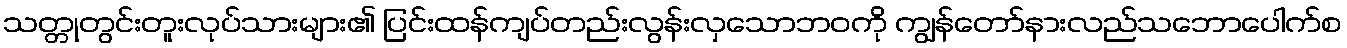
သတ္တုတွင်းတူးလုပ်သားများ၏ ပြင်းထန်ကျပ်တည်းလွန်းလှသောဘဝကို ကျွန်တော်နားလည်သဘောပေါက်စ